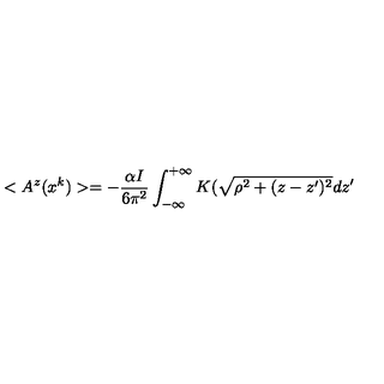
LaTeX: < A ^ { z } ( x ^ { k } ) > = - \frac { \alpha I } { 6 \pi ^ { 2 } } \int _ { - \infty } ^ { + \infty } K ( \sqrt { \rho ^ { 2 } + ( z - z ^ { \prime } ) ^ { 2 } } d z ^ { \prime }